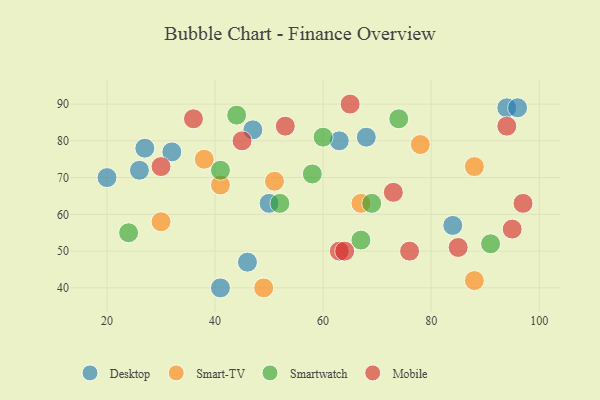
{"axis": {"x": "GDP", "y": "Life Expectancy"}, "legend": ["Desktop", "Mobile", "Smart-TV", "Smartwatch"], "data": [{"x": "68", "y": 81, "type": "Desktop"}, {"x": "50", "y": 63, "type": "Desktop"}, {"x": "84", "y": 57, "type": "Desktop"}, {"x": "63", "y": 80, "type": "Desktop"}, {"x": "94", "y": 89, "type": "Desktop"}, {"x": "20", "y": 70, "type": "Desktop"}, {"x": "32", "y": 77, "type": "Desktop"}, {"x": "46", "y": 47, "type": "Desktop"}, {"x": "47", "y": 83, "type": "Desktop"}, {"x": "96", "y": 89, "type": "Desktop"}, {"x": "27", "y": 78, "type": "Desktop"}, {"x": "41", "y": 40, "type": "Desktop"}, {"x": "26", "y": 72, "type": "Desktop"}, {"x": "78", "y": 79, "type": "Smart-TV"}, {"x": "51", "y": 69, "type": "Smart-TV"}, {"x": "67", "y": 63, "type": "Smart-TV"}, {"x": "41", "y": 68, "type": "Smart-TV"}, {"x": "30", "y": 58, "type": "Smart-TV"}, {"x": "38", "y": 75, "type": "Smart-TV"}, {"x": "88", "y": 42, "type": "Smart-TV"}, {"x": "88", "y": 73, "type": "Smart-TV"}, {"x": "49", "y": 40, "type": "Smart-TV"}, {"x": "74", "y": 86, "type": "Smartwatch"}, {"x": "24", "y": 55, "type": "Smartwatch"}, {"x": "60", "y": 81, "type": "Smartwatch"}, {"x": "91", "y": 52, "type": "Smartwatch"}, {"x": "52", "y": 63, "type": "Smartwatch"}, {"x": "58", "y": 71, "type": "Smartwatch"}, {"x": "69", "y": 63, "type": "Smartwatch"}, {"x": "44", "y": 87, "type": "Smartwatch"}, {"x": "41", "y": 72, "type": "Smartwatch"}, {"x": "67", "y": 53, "type": "Smartwatch"}, {"x": "85", "y": 51, "type": "Mobile"}, {"x": "95", "y": 56, "type": "Mobile"}, {"x": "94", "y": 84, "type": "Mobile"}, {"x": "65", "y": 90, "type": "Mobile"}, {"x": "30", "y": 73, "type": "Mobile"}, {"x": "76", "y": 50, "type": "Mobile"}, {"x": "97", "y": 63, "type": "Mobile"}, {"x": "45", "y": 80, "type": "Mobile"}, {"x": "53", "y": 84, "type": "Mobile"}, {"x": "63", "y": 50, "type": "Mobile"}, {"x": "64", "y": 50, "type": "Mobile"}, {"x": "73", "y": 66, "type": "Mobile"}, {"x": "36", "y": 86, "type": "Mobile"}]}